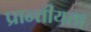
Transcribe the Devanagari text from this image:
प्रान्तीयता